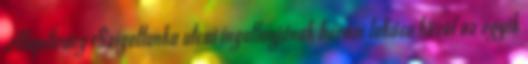
Alapítvány Szigetlanka utcai ingatlanjának három lakása közül az egyik